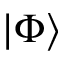
\left| \Phi \right>